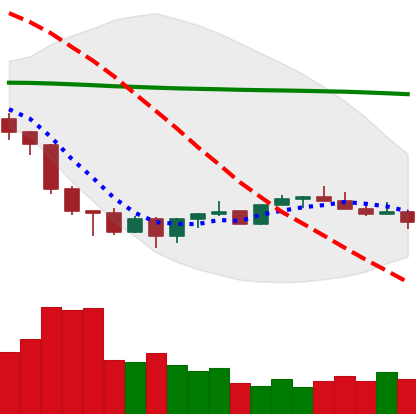
Ticker: XMR-USD
Chart end date: 2022-06-30
Forward return: 8.493%
Label: up_7plus